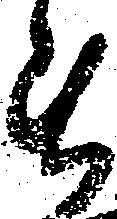
専